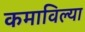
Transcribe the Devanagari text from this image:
कमाविल्या